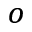
^ o